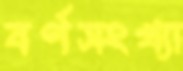
বর্ণসংখ্যা